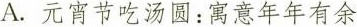
A.元宵节吃汤圆：寓意年年有余